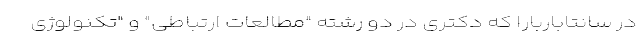
در سانتاباربارا که دکتری در دو رشته "مطالعات ارتباطی" و "تکنولوژی